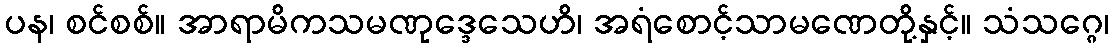
ပန၊ စင်စစ်။ အာရာမိကသမဏုဒ္ဒေသေဟိ၊ အရံစောင့်သာမဏေတို့နှင့်။ သံသဂ္ဂေ၊